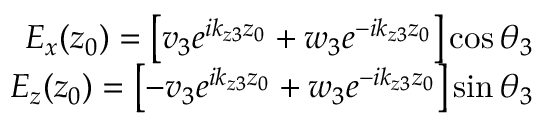
\begin{array} { r } { E _ { x } ( z _ { 0 } ) = \left[ v _ { 3 } e ^ { i k _ { z 3 } z _ { 0 } } + w _ { 3 } e ^ { - i k _ { z 3 } z _ { 0 } } \right] \mathrm { c o s } \, \theta _ { 3 } } \\ { E _ { z } ( z _ { 0 } ) = \left[ - v _ { 3 } e ^ { i k _ { z 3 } z _ { 0 } } + w _ { 3 } e ^ { - i k _ { z 3 } z _ { 0 } } \right] \mathrm { s i n } \, \theta _ { 3 } } \end{array}